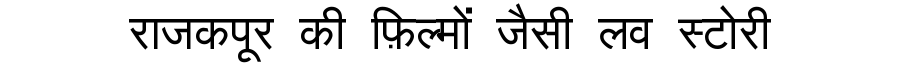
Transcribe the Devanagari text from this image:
राजकपूर की फ़िल्मों जैसी लव स्टोरी